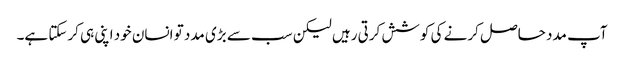
آپ مدد حاصل کرنے کی کوشش کرتی رہیں لیکن سب سے بڑی مدد تو انسان خود اپنی ہی کرسکتا ہے۔